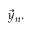
{ \vec { y } } _ { n } .